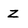
Character: z